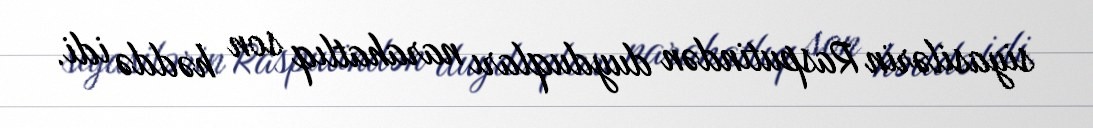
siyasilərin Rasputindən duyduqları narahatlıq son həddə idi.